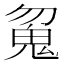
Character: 𱆘